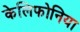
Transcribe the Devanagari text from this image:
केलिफोनिया